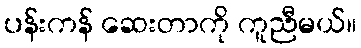
ပန်းကန် ဆေးတာကို ကူညီမယ်။